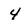
Character: 4